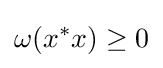
\omega (x^{*}x)\geq 0